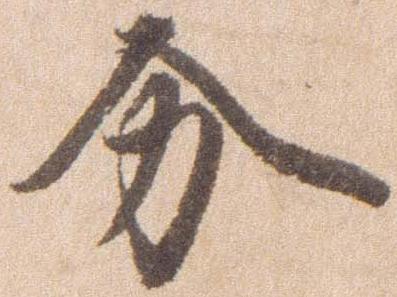
分